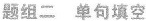
题组二 单句填空